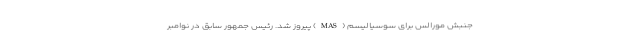
جنبش مورالس برای سوسیالیسم (MAS) پیروز شد. رئیس جمهور سابق در نوامبر